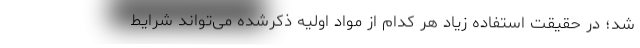
شد؛ در حقیقت استفاده زیاد هر کدام از مواد اولیه ذکرشده می‌تواند شرایط